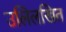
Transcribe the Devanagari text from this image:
उलिलखित